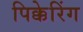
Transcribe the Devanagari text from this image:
पिक्केरिंग